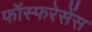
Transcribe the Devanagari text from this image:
फॉस्फरेसेंस